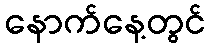
နောက်နေ့တွင်